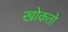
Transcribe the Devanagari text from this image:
खोकतो